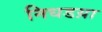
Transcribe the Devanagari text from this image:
निधडय़ा